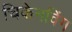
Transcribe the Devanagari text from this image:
चिकेनविंग